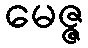
မေဇ္ဇ